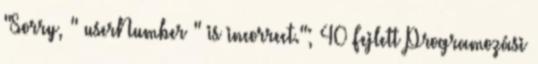
"Sorry, " userNumber " is incorrect."; 40 Fejlett Programozási